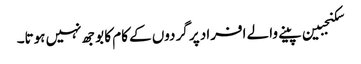
سکنجبین پینے والے افراد پر گردوں کے کام کا بوجھ نہیں ہوتا۔